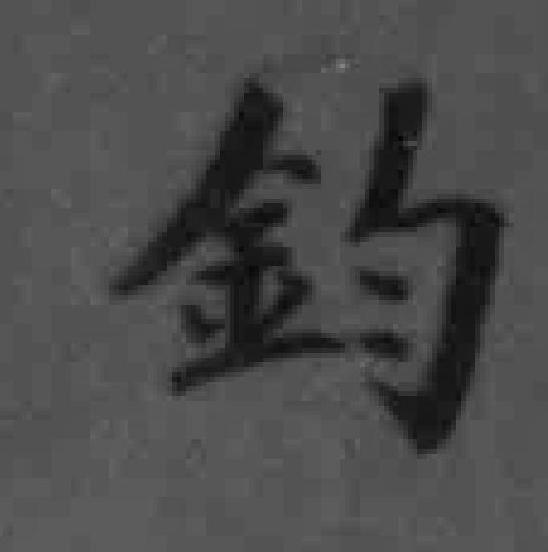
鈞